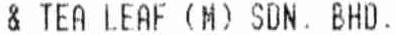
& TEA LEAF (M) SDN. BHD.